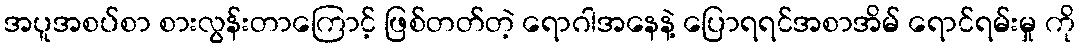
အပူအစပ်စာ စားလွန်းတာကြောင့် ဖြစ်တတ်တဲ့ ရောဂါအနေနဲ့ ပြောရရင်အစာအိမ် ရောင်ရမ်းမှု ကို